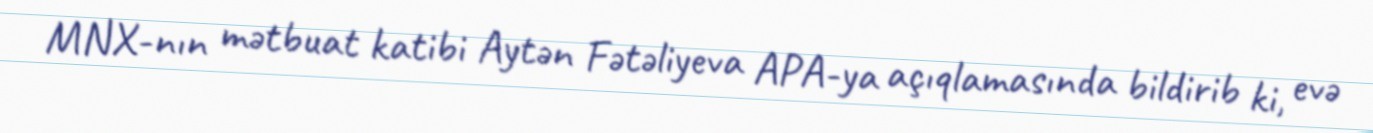
MNX-nın mətbuat katibi Aytən Fətəliyeva APA-ya açıqlamasında bildirib ki, evə